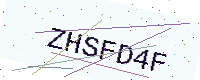
Text: ZHSFD4F